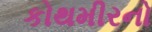
કોથમીરનો